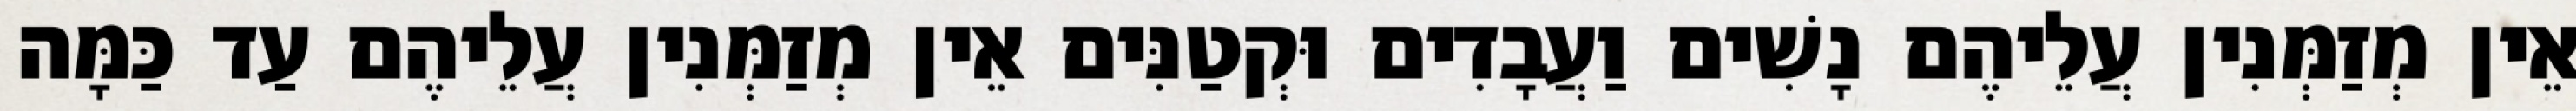
אֵין מְזַמְּנִין עֲלֵיהֶם נָשִׁים וַעֲבָדִים וּקְטַנִּים אֵין מְזַמְּנִין עֲלֵיהֶם עַד כַּמָּה